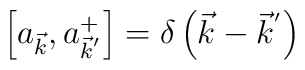
\left[ a_{\vec{k}}, a_{{\vec{k}}^{'}}^{+} \right] = \delta \left( \vec{k} -{\vec{k}}^{'} \right)